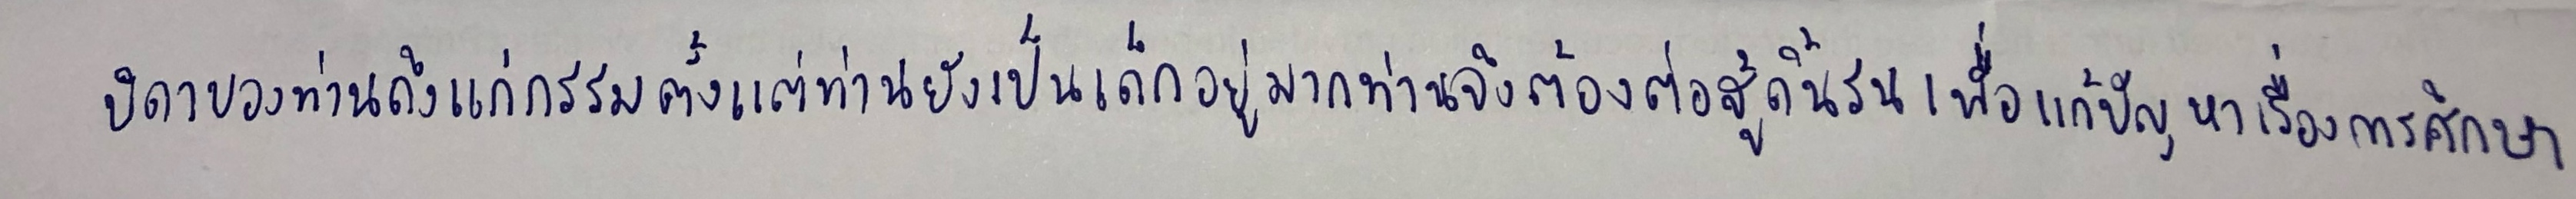
บิดาของท่านถึงแก่กรรมตั้งแต่ท่านยังเป็นเด็กอยู่มากท่านจึงต้องต่อสู้ดิ้นรนเพื่อแก้ปัญหาเรื่องการศึกษา